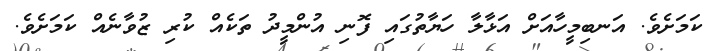
ކަމަށެވެ. އަނބިމީހާއަށް އަޅާލާ ހަޔާތުގައި ފޮނި އުންމީދު ތަކެއް ކުރި ޒުވާނެއް ކަމަށެވެ.